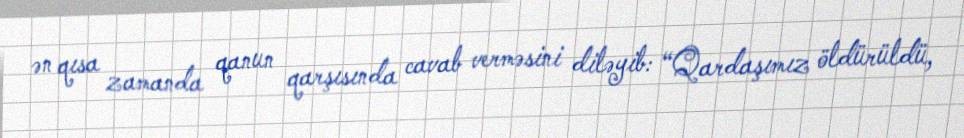
ən qısa zamanda qanun qarşısında cavab verməsini diləyib: “Qardaşımız öldürüldü,